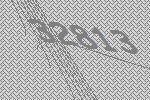
32813